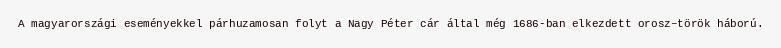
A magyarországi eseményekkel párhuzamosan folyt a Nagy Péter cár által még 1686-ban elkezdett orosz–török háború.